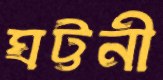
ঘট্টনী